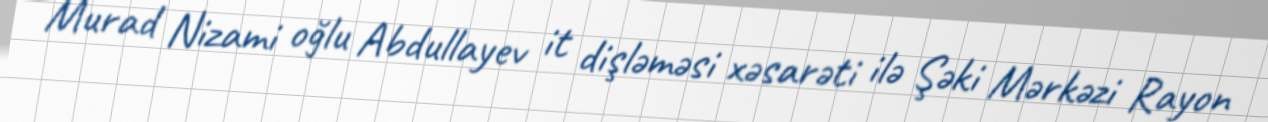
Murad Nizami oğlu Abdullayev it dişləməsi xəsarəti ilə Şəki Mərkəzi Rayon